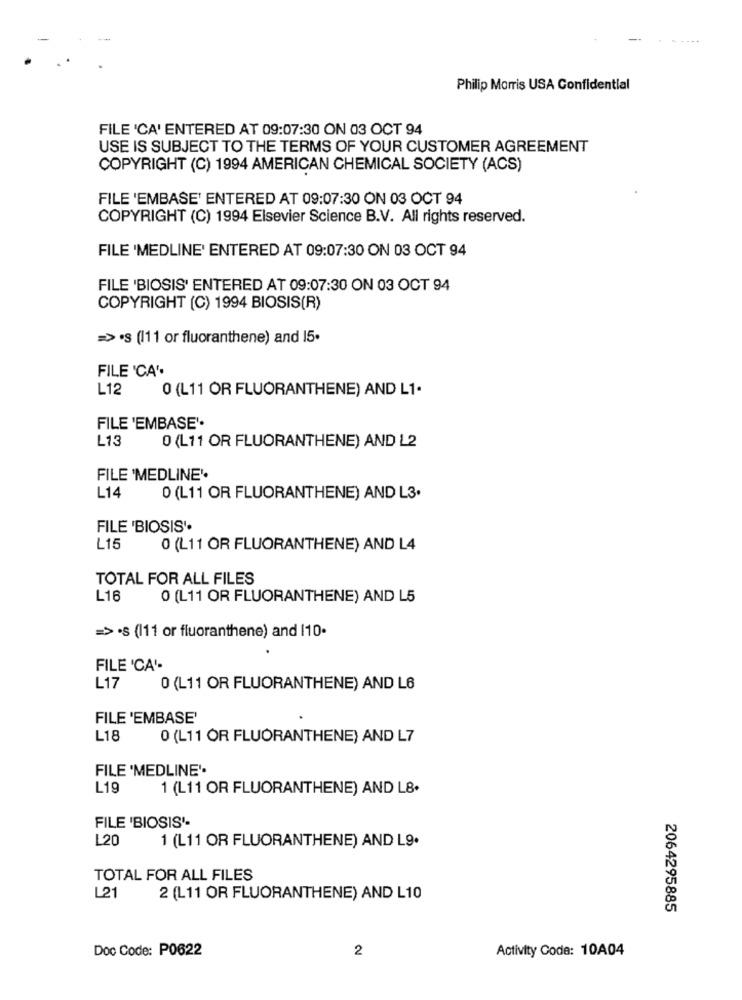
Philip Morris USA Confidential
FILE 'CA' ENTERED AT 09:07:30 ON 03 OCT 94
USE IS SUBJECT TO THE TERMS OF YOUR CUSTOMER AGREEMENT
COPYRIGHT (C) 1994 AMERICAN CHEMICAL SOCIETY (ACS)
FILE 'EMBASE' ENTERED AT 09:07:30 ON 03 OCT 94
COPYRIGHT (C) 1994 Elsevier Science B.V. All rights reserved.
FILE 'MEDLINE' ENTERED AT 09:07:30 ON 03 OCT 94
FILE 'BIOSIS' ENTERED AT 09:07:30 ON 03 OCT 94
COPYRIGHT (C) 1994 BIOSIS(R)
=> 's (111 or fluoranthene) and 15.
FILE 'CA'
L12
0 (L11 OR FLUORANTHENE) AND L1.
FILE 'EMBASE'.
L13
0 (L11 OR FLUORANTHENE) AND L2
FILE 'MEDLINE'
L14
0 (L11 OR FLUORANTHENE) AND L3.
FILE 'BIOSIS".
L15
0 (L11 OR FLUORANTHENE) AND L4
TOTAL FOR ALL FILES
L16
0 (L11 OR FLUORANTHENE) AND L5
=> ·s (111 or fluoranthene) and 110.
FILE 'CA'-
L17
0 (L11 OR FLUORANTHENE) AND L6
FILE 'EMBASE'
L18
0 (L11 OR FLUORANTHENE) AND L7
FILE 'MEDLINE'.
L19
1 (L11 OR FLUORANTHENE) AND L8.
FILE 'BIOSIS'-
L20
1 (L11 OR FLUORANTHENE) AND L9.
TOTAL FOR ALL FILES
L21
2 (L11 OR FLUORANTHENE) AND L10
2064295885
Doc Code: P0622
2
Activity Code: 10A04